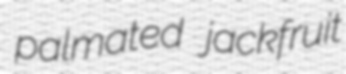
palmated jackfruit